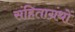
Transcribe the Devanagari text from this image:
संहिताग्रंथों